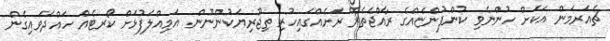
ޗެއަރމަން އަކަށް ހުންނެވި ކުންފުންޏެއްގެ ރާއްޖެތެރޭ ރަށެއްގައިހުރި ތިޖޫރިޔަކުންނޫން. އަމިއްލަފުޅަށް ކޯރޓެއް ހައްދަވައިގެން